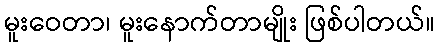
မူးဝေတာ၊ မူးနောက်တာမျိုး ဖြစ်ပါတယ်။